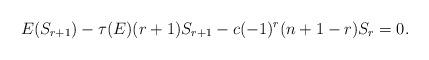
LaTeX: \begin{align*} E(S_{r+1})-\tau(E)(r+1)S_{r+1}-c(-1)^{r}(n+1-r)S_{r}=0. \end{align*}